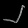
Digit: ၂